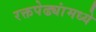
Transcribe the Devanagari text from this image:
रक्तपेढ्यांमध्ये